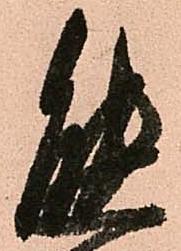
態